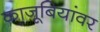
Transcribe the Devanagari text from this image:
काजूबियांवर